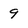
Character: 9